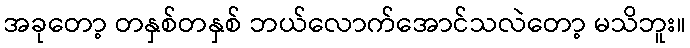
အခုတော့ တနှစ်တနှစ် ဘယ်လောက်အောင်သလဲတော့ မသိဘူး။